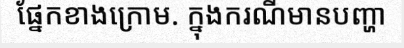
ផ្នែកខាងក្រោម. ក្នុងករណីមានបញ្ហា